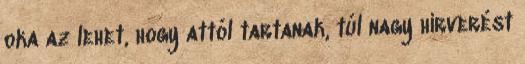
oka az lehet, hogy attól tartanak, túl nagy hírverést